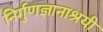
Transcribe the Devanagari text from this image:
निर्गुणज्ञानाश्रयी